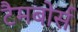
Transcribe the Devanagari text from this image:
टैमबोर्स